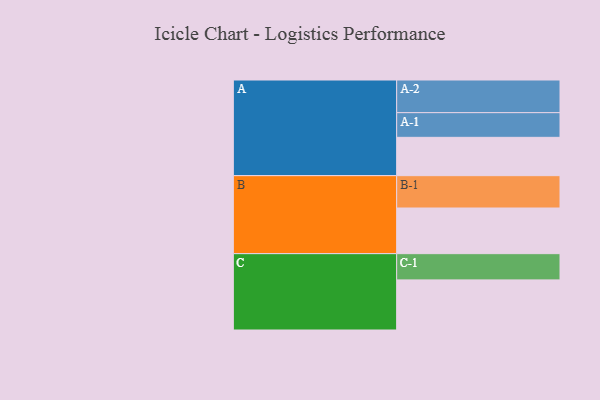
{"axis": {"x": "Segment", "y": "Value"}, "legend": ["", "A", "B", "C"], "data": [{"x": "A", "y": 345, "type": ""}, {"x": "B", "y": 411, "type": ""}, {"x": "C", "y": 451, "type": ""}, {"x": "A-1", "y": 222, "type": "A"}, {"x": "A-2", "y": 294, "type": "A"}, {"x": "B-1", "y": 291, "type": "B"}, {"x": "C-1", "y": 236, "type": "C"}]}